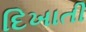
દિખાતી